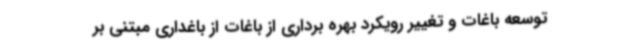
توسعه باغات و تغییر رویکرد بهره برداری از باغات از باغداری مبتنی بر